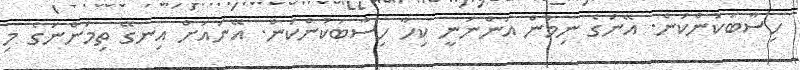
ހިސާބަކުންކަން. އޭނަގެ ނިމުން އަންނަނީ ކިހާ ހިސާބަކުންކަން. އޭނައަށް އިނގޭ ތިމަންނަގެ މި